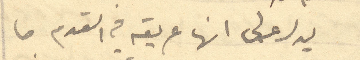
يدل على انها عريقه في القدم ما